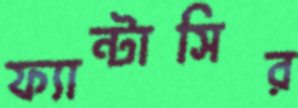
ফ্যান্টাসির